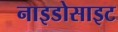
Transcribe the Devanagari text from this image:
नाइडोसाइट